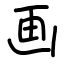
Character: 画